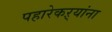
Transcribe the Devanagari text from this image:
पहारेकऱ्यांना